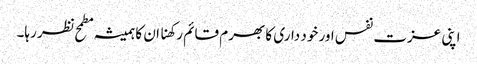
اپنی عزت نفس اور خود داری کا بھرم قائم رکھنا ان کا ہمیشہ مطمح نظر رہا۔